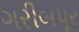
ગરીબપૂર